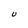
Character: U